Problem: 23 + 34 = ?
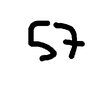
Handwritten answer: 57